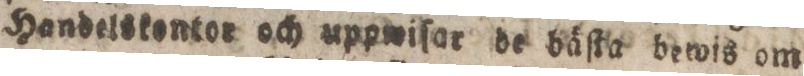
Handetskontor och uppwiſar de bäſta bewis om